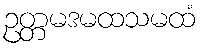
ဥတ္တမဒမထသမထံ